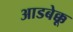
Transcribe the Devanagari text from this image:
आडबेक्कू